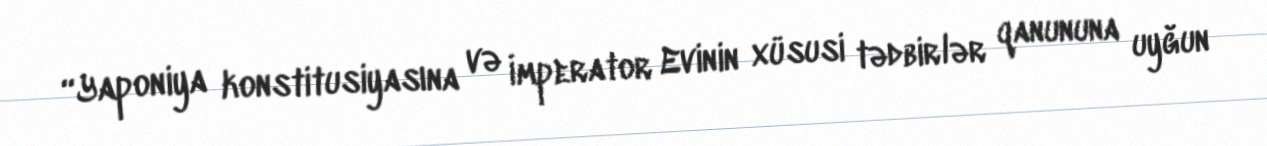
“Yaponiya konstitusiyasına və İmperator Evinin xüsusi tədbirlər qanununa uyğun